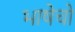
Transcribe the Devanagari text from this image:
भाषेचो